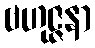
ဗဟုဇ္ဇနာ